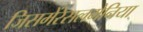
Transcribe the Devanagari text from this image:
जिसमेंरेसलमेनिया